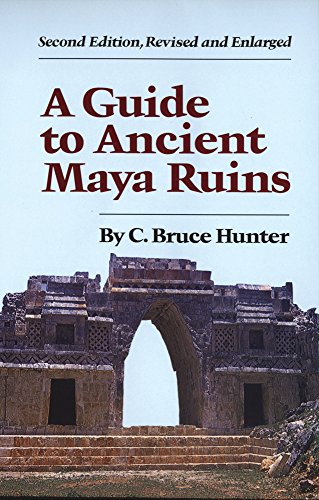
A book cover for A Guide to Ancient Maya Ruins; C. Bruce Hunter; History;